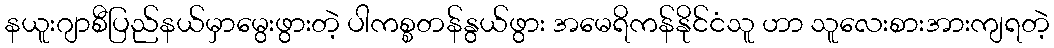
နယူးဂျာစီပြည်နယ်မှာမွေးဖွားတဲ့ ပါကစ္စတန်နွယ်ဖွား အမေရိကန်နိုင်ငံသူ ဟာ သူလေးစားအားကျရတဲ့